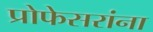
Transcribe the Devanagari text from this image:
प्रोफेसरांना